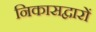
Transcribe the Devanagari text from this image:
निकासद्वारों